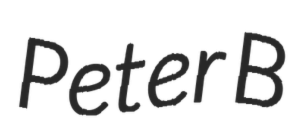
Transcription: Peter B